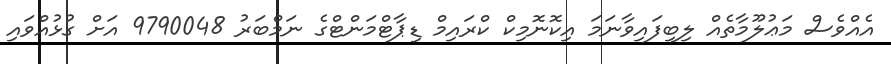
އެއްވެސް މަޢުލޫމާތެއް ލިބިފައިވާނަމަ އިކޮނޮމިކް ކްރައިމް ޑިޕާޓްމަންޓްގެ ނަމްބަރު 9790048 އަށް ގުޅުއްވައި